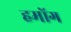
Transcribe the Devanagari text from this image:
हमोंग